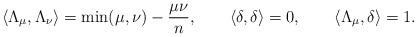
LaTeX: \begin{align*}\langle \Lambda_{\mu},\Lambda_{\nu} \rangle = \mbox{min}(\mu,\nu)-\frac{\mu \nu}{n},\qquad\langle \delta,\delta \rangle =0,\qquad \langle \Lambda_{\mu},\delta \rangle=1.\end{align*}